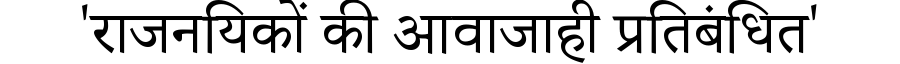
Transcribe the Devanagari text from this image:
'राजनयिकों की आवाजाही प्रतिबंधित'